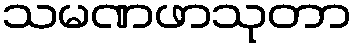
သမဏဖာသုတာ